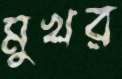
মুখর